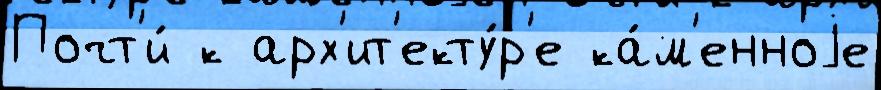
Почт'и́ к арх'ит'екту́р'е ка́м'енноjе